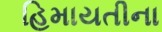
હિમાયતીના